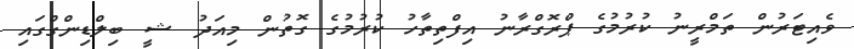
ވެއިޓަރުން ތަމްރީނު ކުރުމުގެ ޕްރޮގްރާނު އިފްތިތާހު ކުރުމުގެ ގޮތުން މިއަދު ޝީ ބިލްޑިންގްގައި